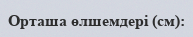
Орташа өлшемдері (см):